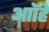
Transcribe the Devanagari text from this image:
आॉहे